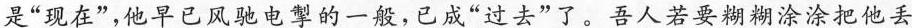
是”现在”，他早已风驰电掣的一般，已成”过去”了。吾人若要糊糊涂涂把他丢